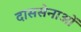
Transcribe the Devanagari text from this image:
दाससेनाओं